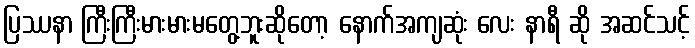
ပြဿနာ ကြီးကြီးမားမားမတွေ့ဘူးဆိုတော့ နောက်အကျဆုံး လေး နာရီ ဆို အဆင်သင့်